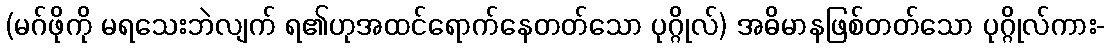
(မဂ်ဖိုကို မရသေးဘဲလျက် ရ၏ဟုအထင်ရောက်နေတတ်သော ပုဂ္ဂိုလ်) အဓိမာနဖြစ်တတ်သော ပုဂ္ဂိုလ်ကား-